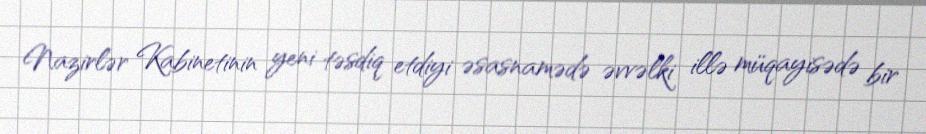
Nazirlər Kabinetinin yeni təsdiq etdiyi əsasnamədə əvvəlki illə müqayisədə bir